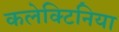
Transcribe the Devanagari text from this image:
कलेक्टिनिया